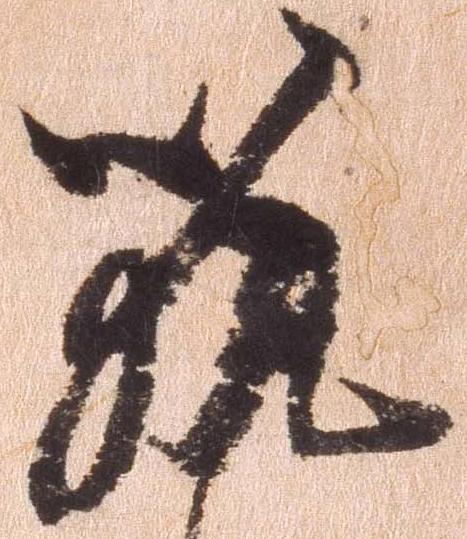
筑